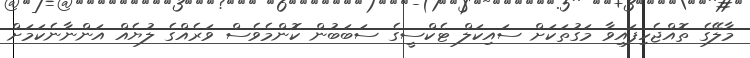
މާލޭގެ ތޮއްޖެހިފައިވާ މަގުތަކަށް ސައިކަލް ޓެކްސީގެ ސަބަބުން ކޮންމެވެސް ވަރެއްގެ ލުޔެއް އަންނާނެކަމަށް